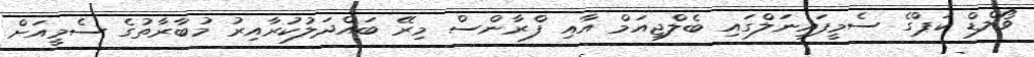
ވޯލްޑް ކަޕްގެ ސެމީފައިނަލްގައި ބެލްޖިއަމް އާއި ފްރާންސް މިރޭ ބައްދަލުކުރާއިރު މުބާރާތުގެ ސެމީއަށް